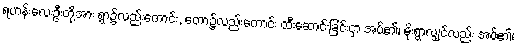
ရဟန်းလေးဦးတို့အား ရွာ၌လည်းကောင်း, တော၌လည်းကောင်း ထီးဆောင်းခြင်းငှာ အပ်၏၊ မိုးရွာလျှင်လည်း အပ်၏၊